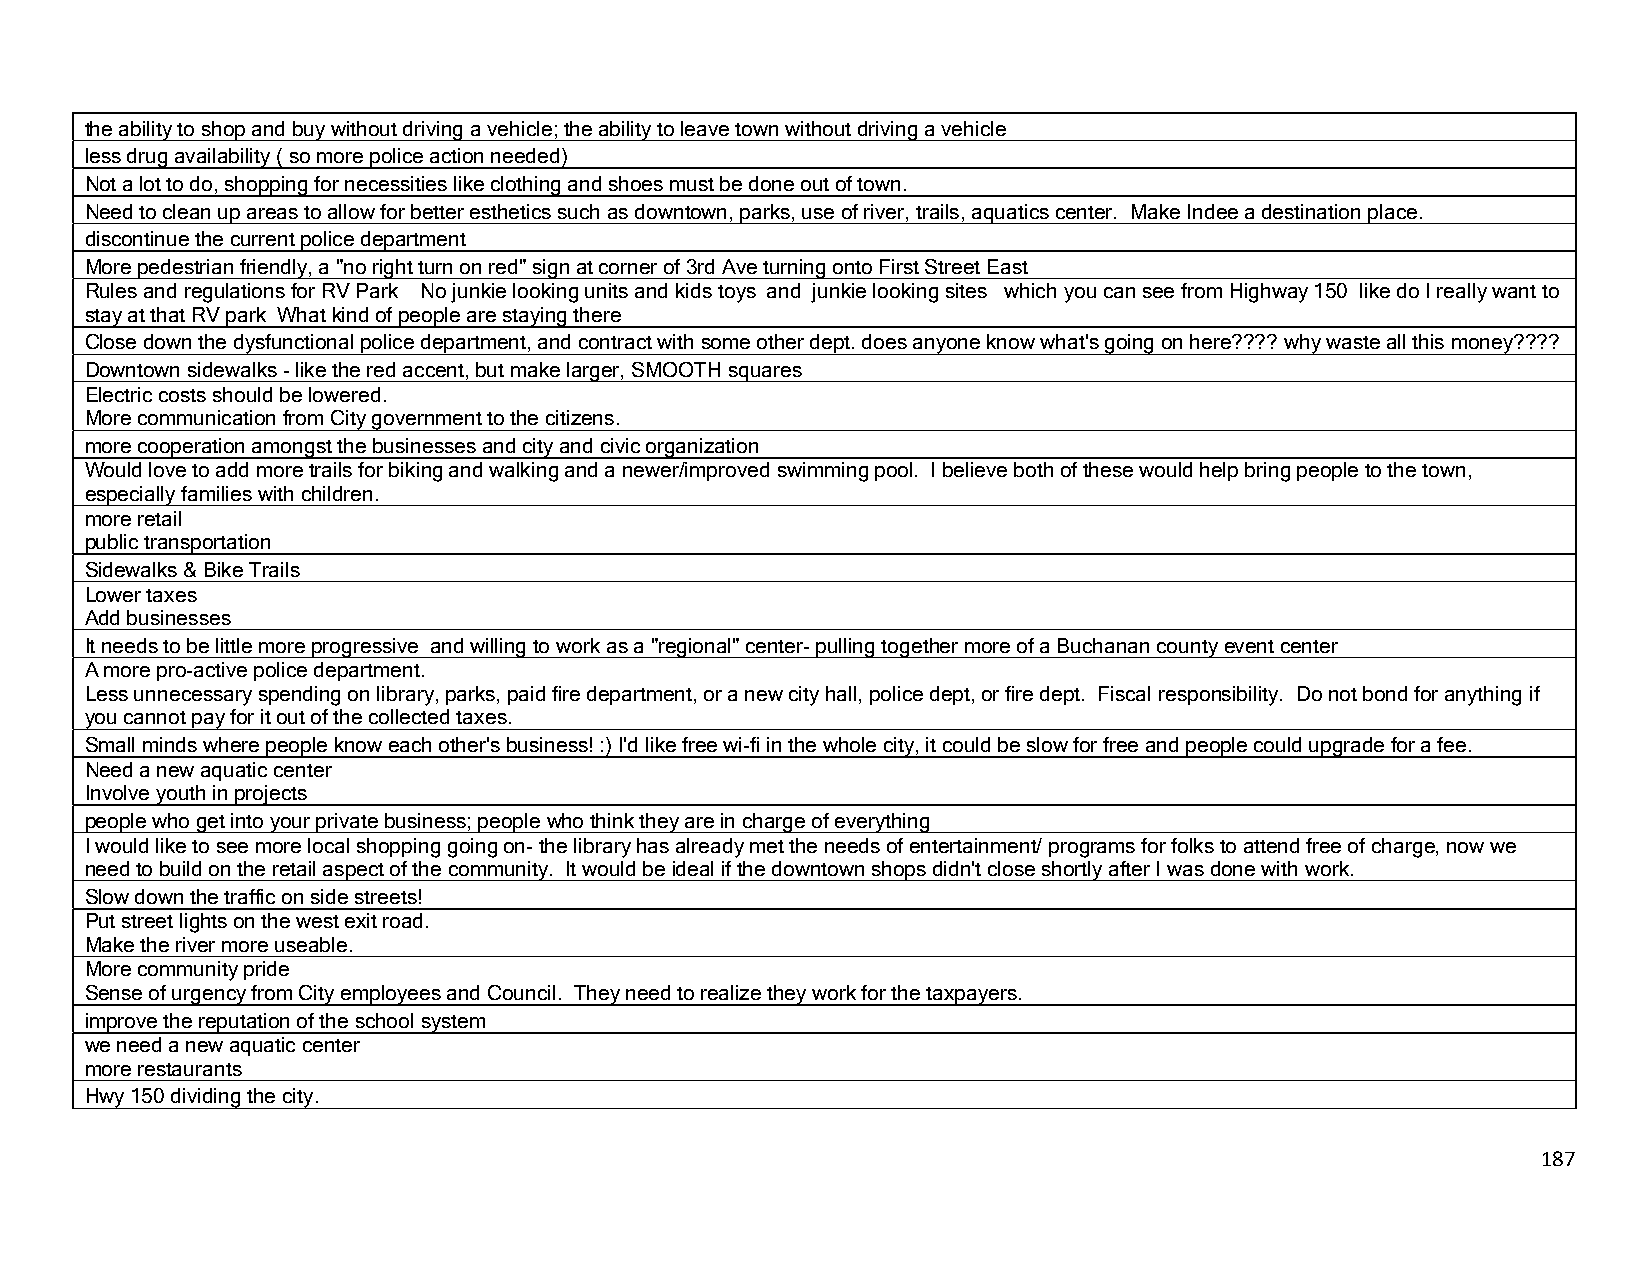
the ability to shop and buy without driving a vehicle; the ability to leave town without driving a vehicle
 less drug availability ( so more police action needed)
 Not a lot to do, shopping for necessities like clothing and shoes must be done out of town.
 Need to clean up areas to allow for better esthetics such as downtown, parks, use of river, trails, aquatics center. Make Indee a destination place.
 discontinue the current police department
 More pedestrian friendly, a "no right turn on red" sign at corner of 3rd Ave turning onto First Street East
 Rules and regulations for RV Park No junkie looking units and kids toys and junkie looking sites which you can see from Highway 150 like do I really want to
 stay at that RV park What kind of people are staying there
 Close down the dysfunctional police department, and contract with some other dept. does anyone know what's going on here???? why waste all this money????
 Downtown sidewalks - like the red accent, but make larger, SMOOTH squares
 Electric costs should be lowered.
 More communication from City government to the citizens.
 more cooperation amongst the businesses and city and civic organization
 Would love to add more trails for biking and walking and a newer/improved swimming pool. I believe both of these would help bring people to the town,
 especially families with children.
 more retail
 public transportation
 Sidewalks & Bike Trails
 Lower taxes
 Add businesses
 It needs to be little more progressive and willing to work as a "regional" center- pulling together more of a Buchanan county event center
 A more pro-active police department.
 Less unnecessary spending on library, parks, paid fire department, or a new city hall, police dept, or fire dept. Fiscal responsibility. Do not bond for anything if
 you cannot pay for it out of the collected taxes.
 Small minds where people know each other's business! :) I'd like free wi-fi in the whole city, it could be slow for free and people could upgrade for a fee.
 Need a new aquatic center
 Involve youth in projects
 people who get into your private business; people who think they are in charge of everything
 I would like to see more local shopping going on-the library has already met the needs of entertainment/ programs for folks to attend free of charge, now we
 need to build on the retail aspect of the community. It would be ideal if the downtown shops didn't close shortly after I was done with work.
 Slow down the traffic on side streets!
 Put street lights on the west exit road.
 Make the river more useable.
 More community pride
 Sense of urgency from City employees and Council. They need to realize they work for the taxpayers.
 improve the reputation of the school system
 we need a new aquatic center
 more restaurants
 Hwy 150 dividing the city.
 187